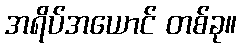
အရိပ်အယောင် တစ်ခု။